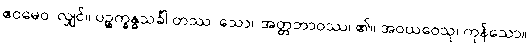
ဧဝမေဝ၊ လျှင်။ ပဉ္စက္ခန္ဓသင်္ခါ တဿ၊ သော။ အတ္တဘာဝဿ၊ ၏။ အဝယဝေသု၊ ကုန်သော။